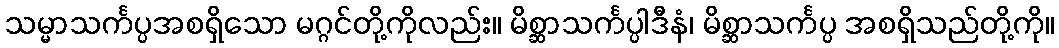
သမ္မာသင်္ကပ္ပအစရှိသော မဂ္ဂင်တို့ကိုလည်း။ မိစ္ဆာသင်္ကပ္ပါဒီနံ၊ မိစ္ဆာသင်္ကပ္ပ အစရှိသည်တို့ကို။